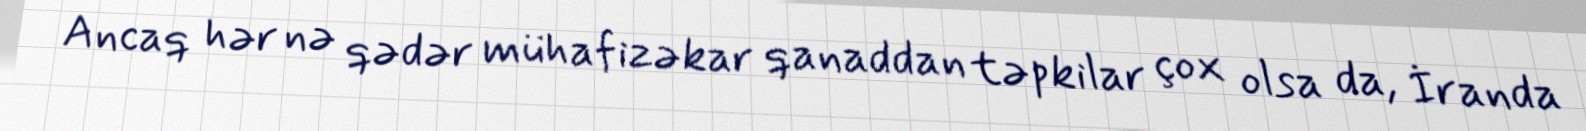
Ancaq hər nə qədər mühafizəkar qanaddan təpkilar çox olsa da, İranda